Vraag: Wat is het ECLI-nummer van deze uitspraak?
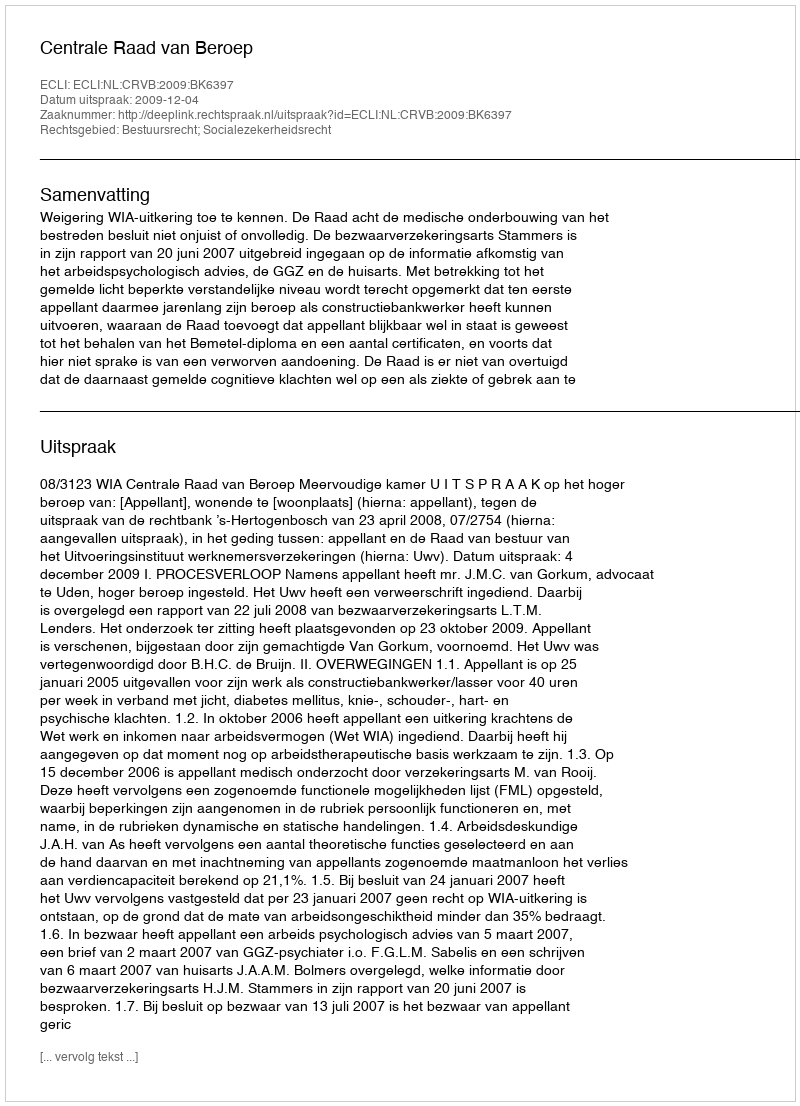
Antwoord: ECLI:NL:CRVB:2009:BK6397